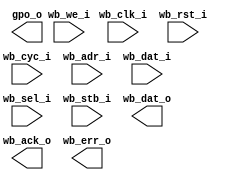
module gpo #(
	parameter WIDTH = 8
) (
// WISHBONE Interface
	input wire wb_clk_i, 
	input wire wb_rst_i, 
	input wire wb_cyc_i, 
	input wire [31:0] wb_adr_i,
	input wire [31:0] wb_dat_i, 
	input wire [3:0] wb_sel_i, 
	input wire wb_we_i, 
	input wire wb_stb_i,
	output wire [31:0] wb_dat_o, 
	output wire wb_ack_o, 
	output wire wb_err_o,
// output
	output reg [W-1:0] gpo_o
);
	localparam W = (WIDTH <= 32 ? WIDTH : 32);


endmodule